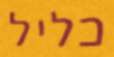
כליל